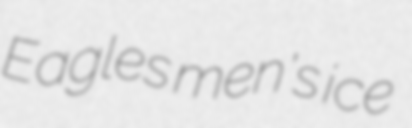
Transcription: Eagles men's ice